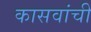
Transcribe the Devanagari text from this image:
कासवांची